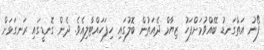
ފޯނު އަތްގަނޑު ބޭއްވުމަށްފަހު ޒިޔާމް ދެއަތުން ބޮލުގައި ހިފަހައްޓާލިއެވެ. ދެން ގޮނޑީގައި ރަނގަޅަށް